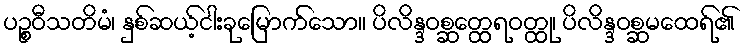
ပဉ္စဝီသတိမံ၊ နှစ်ဆယ့်ငါးခုမြောက်သော။ ပိလိန္ဒဝစ္ဆတ္ထေရဝတ္ထု၊ ပိလိန္ဒဝစ္ဆမထေရ်၏